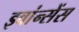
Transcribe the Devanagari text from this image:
इवांन्सेंस